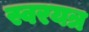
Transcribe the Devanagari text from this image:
स्वरयत्र